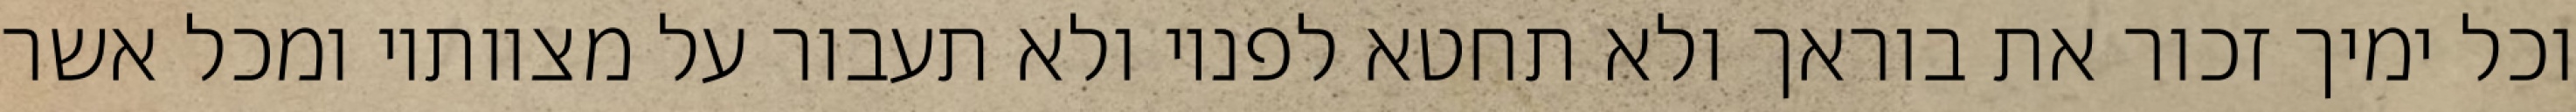
וכל ימיך זכור את בוראך ולא תחטא לפניו ולא תעבור על מצוותיו ומכל אשר